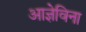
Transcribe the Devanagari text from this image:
आज्ञेविना